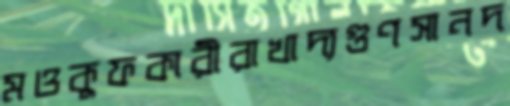
মওকুফকারীরাখাদ্যগুণসানদ